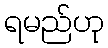
ရမည်ဟု